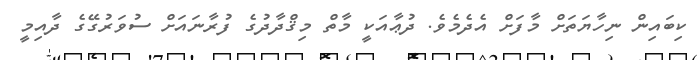
ކިބައިން ނިހާޔަތަށް މާފަށް އެދެމެވެ. ދުޢާއަކީ މާތް މިޤްދާދުގެ ފުރާނައަށް ސުވަރުގޭގެ ދާއިމީ